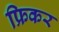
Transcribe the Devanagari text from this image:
फ्रिकर